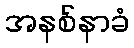
အနစ်နာခံ